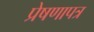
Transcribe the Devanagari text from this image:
प्रेषणापत्र